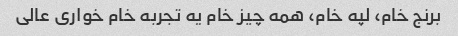
برنج خام، لپه خام، همه چیز خام یه تجربه خام خواری عالی